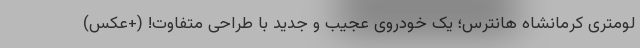
لومتری كرمانشاه هانترس؛ یک خودروی عجیب و جدید با طراحی متفاوت! (+عکس)